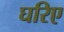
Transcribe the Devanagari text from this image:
घरिए